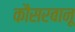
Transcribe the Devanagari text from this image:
कौसरबानू